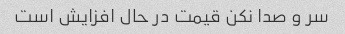
سر و صدا نکن قیمت در حال افزایش است